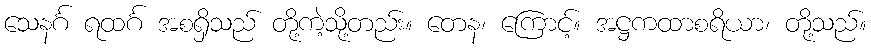
သေနင်္ဂ ရထင်္ဂ အစရှိသည် တို့ကဲ့သို့တည်း။ တေန၊ ကြောင့်။ အဋ္ဌကထာစရိယာ၊ တို့သည်။